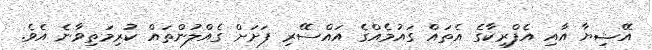
އޭޝިޔާ އާއި އެފްރިކާގެ އެތައް ގައުމެއްގެ އައްސޭރި ފަށަށް ގެއްލުންތައް ކުރިމަތިވާނެ އެވެ.